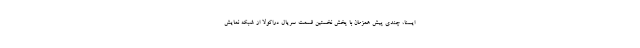
ایسنا، چندی پیش همزمان با پخش نخستین قسمت سریال دراکولا از شبکه نمایش